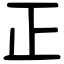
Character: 正